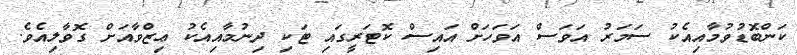
ކަންބޮޑުވުމާއިއެކު ސަމަރު އަވަސް އަވަހަށް އައިސް ކޮޓަރީގައި ޓަކި ދިނުމާއިއެކު ޢިޒްވާއަށް ގޮވާލިއެވެ.